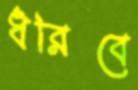
ধরিবে